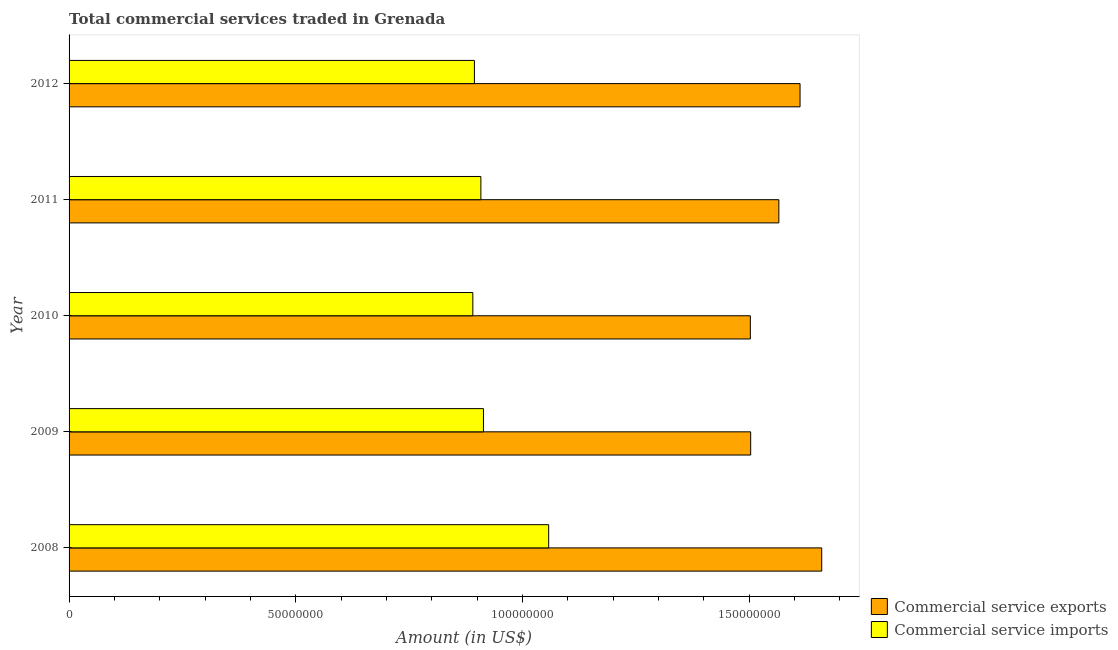
| Year | Commercial service exports | Commercial service imports |
 | --- | --- | --- |
 | 2008 | 1.66e+08 | 1.06e+08 |
 | 2009 | 1.5e+08 | 9.14e+07 |
 | 2010 | 1.5e+08 | 8.9e+07 |
 | 2011 | 1.57e+08 | 9.08e+07 |
 | 2012 | 1.61e+08 | 8.94e+07 |